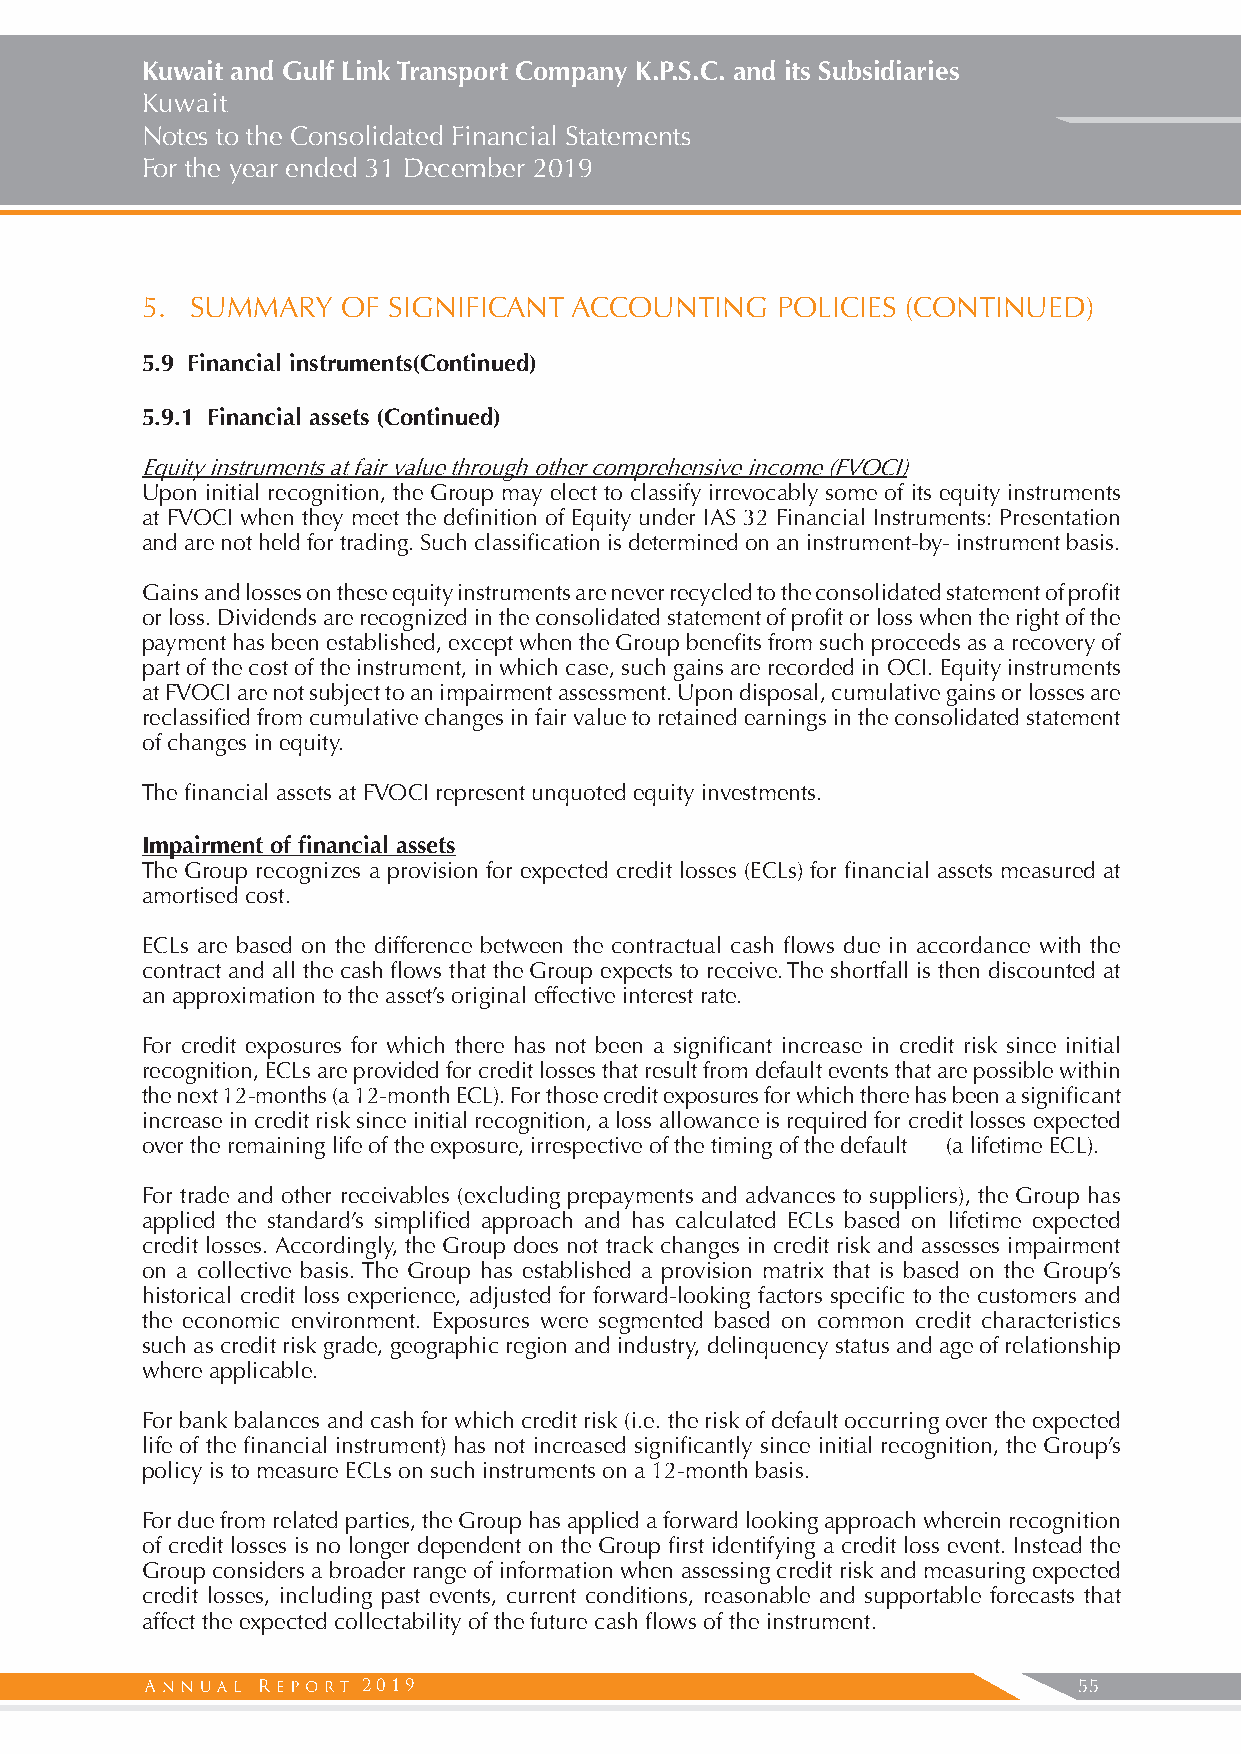
Kuwait and Gulf Link Transport Company K.P.S.C. and its Subsidiaries
 Kuwait
 Notes to the Consolidated Financial Statements
 For the year ended 31 December 2019
 5.  SUMMARY   OF SIGNIFICANT ACCOUNTING   POLICIES (CONTINUED)
 5.9 Financial instruments(Continued)
 5.9.1 Financial assets (Continued)
 Equity instruments at fair value through other comprehensive income (FVOCI)
 Upon initial recognition, the Group may elect to classify irrevocably some of its equity instruments
 at FVOCI when they meet the definition of Equity under IAS 32 Financial Instruments: Presentation
 and are not held for trading. Such classification is determined on an instrument-by- instrument basis.
 Gains and losses on these equity instruments are never recycled to the consolidated statement of profit
 or loss. Dividends are recognized in the consolidated statement of profit or loss when the right of the
 payment has been established, except when the Group benefits from such proceeds as a recovery of
 part of the cost of the instrument, in which case, such gains are recorded in OCI. Equity instruments
 at FVOCI are not subject to an impairment assessment. Upon disposal, cumulative gains or losses are
 reclassified from cumulative changes in fair value to retained earnings in the consolidated statement
 of changes in equity.
 The financial assets at FVOCI represent unquoted equity investments.
 Impairment of financial assets
 The Group recognizes a provision for expected credit losses (ECLs) for financial assets measured at
 amortised cost.
 ECLs are based on the difference between the contractual cash flows due in accordance with the
 contract and all the cash flows that the Group expects to receive. The shortfall is then discounted at
 an approximation to the asset’s original effective interest rate.
 For credit exposures for which there has not been a significant increase in credit risk since initial
 recognition, ECLs are provided for credit losses that result from default events that are possible within
 the next 12-months (a 12-month ECL). For those credit exposures for which there has been a significant
 increase in credit risk since initial recognition, a loss allowance is required for credit losses expected
 over the remaining life of the exposure, irrespective of the timing of the default (a lifetime ECL).
 For trade and other receivables (excluding prepayments and advances to suppliers), the Group has
 applied the standard’s simplified approach and has calculated ECLs based on lifetime expected
 credit losses. Accordingly, the Group does not track changes in credit risk and assesses impairment
 on a collective basis. The Group has established a provision matrix that is based on the Group’s
 historical credit loss experience, adjusted for forward-looking factors specific to the customers and
 the economic environment. Exposures were segmented based on common credit characteristics
 such as credit risk grade, geographic region and industry, delinquency status and age of relationship
 where applicable.
 For bank balances and cash for which credit risk (i.e. the risk of default occurring over the expected
 life of the financial instrument) has not increased significantly since initial recognition, the Group’s
 policy is to measure ECLs on such instruments on a 12-month basis.
 For due from related parties, the Group has applied a forward looking approach wherein recognition
 of credit losses is no longer dependent on the Group first identifying a credit loss event. Instead the
 Group considers a broader range of information when assessing credit risk and measuring expected
 credit losses, including past events, current conditions, reasonable and supportable forecasts that
 affect the expected collectability of the future cash flows of the instrument.
 2019                                           55